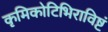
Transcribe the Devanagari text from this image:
कृमिकोटिभिराविष्टं